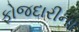
ફોજદારીના